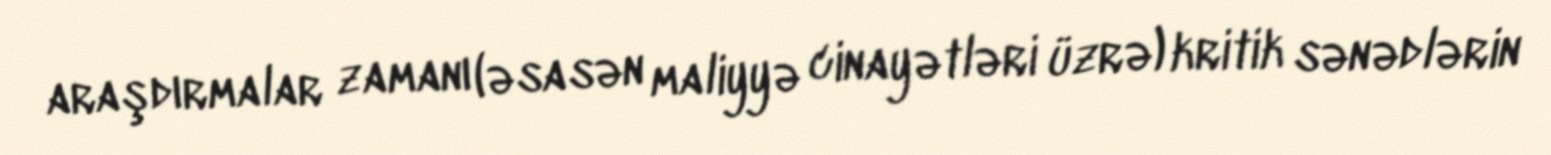
araşdırmalar zamanı (əsasən maliyyə cinayətləri üzrə) kritik sənədlərin